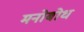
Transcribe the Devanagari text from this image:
मनोबोध